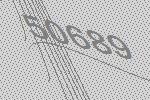
50689